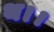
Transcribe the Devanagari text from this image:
थ।।